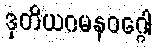
ဒုတိယဂမနဝဂ္ဂေါ